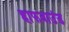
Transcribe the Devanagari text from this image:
हाफवाउंड